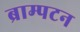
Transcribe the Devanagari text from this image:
ब्राम्पटन